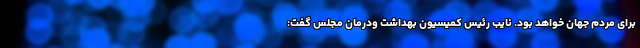
برای مردم جهان خواهد بود. نایب رئیس کمیسیون بهداشت ودرمان مجلس گفت: